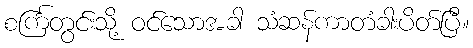
စင်္ကြတွင်းသို့ ဝင်သောအခါ သံဆန်ကာတံခါးပိတ်ပြီ။